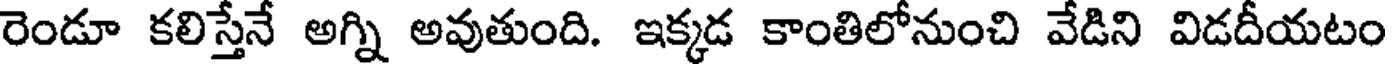
రెండూ కలిస్తేనే అగ్ని అవుతుంది. ఇక్కడ కాంతిలోనుంచి వేడిని విడదీయటం